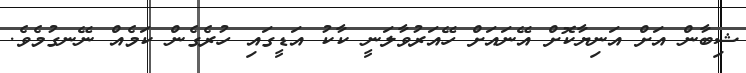
ޝިބާން އަަށް އަނިޔާކޮށް އޭނައަށް ހޭއަރުވާލަނީ ކާކު އަޑީގައި ހުރެގެން ކަމެއް ނޭނގުމެވެ.